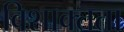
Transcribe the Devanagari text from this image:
विशाक्तता